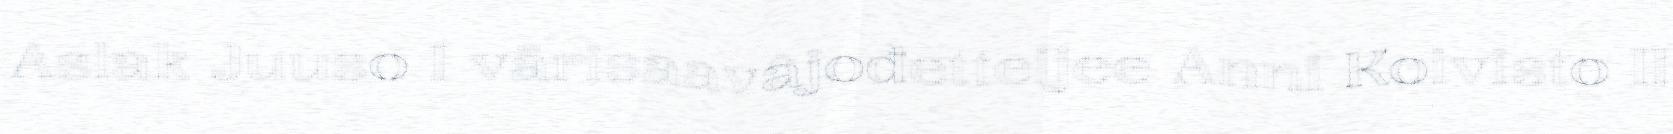
Aslak Juuso I värisaavâjođetteijee Anni Koivisto II